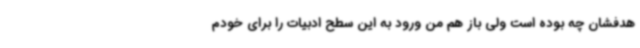
هدفشان چه بوده است ولی باز هم من ورود به این سطح ادبیات را برای خودم